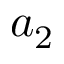
a _ { 2 }